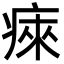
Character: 㾢